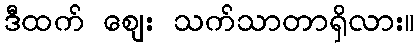
ဒီထက် ဈေး သက်သာတာရှိလား။